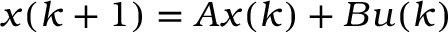
x ( k + 1 ) = A x ( k ) + B u ( k )